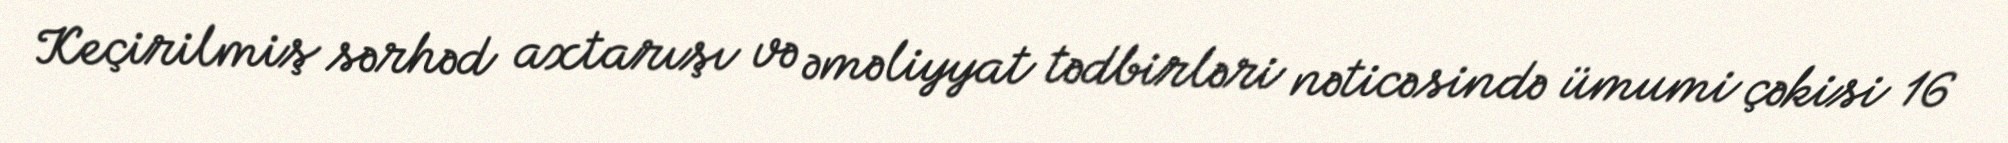
Keçirilmiş sərhəd axtarışı və əməliyyat tədbirləri nəticəsində ümumi çəkisi 16